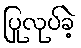
ပြုလုပ်ခဲ့